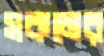
সকমের